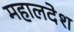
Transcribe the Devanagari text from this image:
महालदेश